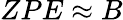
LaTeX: ZPE\approx B